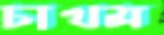
চাথম